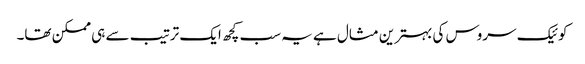
کوئیک سروس کی بہترین مثال ہے یہ سب کچھ ایک ترتیب سے ہی ممکن تھا۔